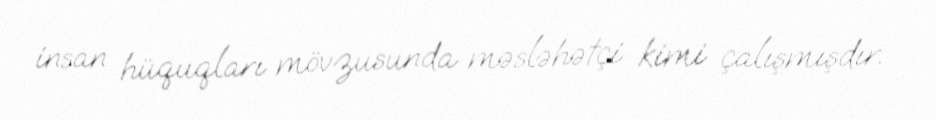
insan hüquqları mövzusunda məsləhətçi kimi çalışmışdır.